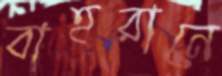
বাহরানে